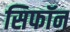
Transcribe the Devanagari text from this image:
सिफॉन